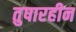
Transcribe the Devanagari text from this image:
तुषारहीन